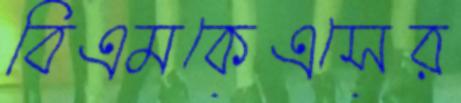
বিএমকেএসের